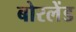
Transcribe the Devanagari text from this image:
बोरलेंड